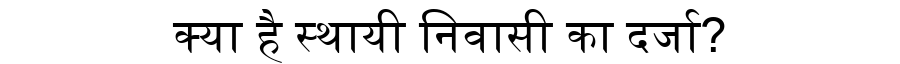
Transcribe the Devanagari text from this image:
क्या है स्थायी निवासी का दर्जा?